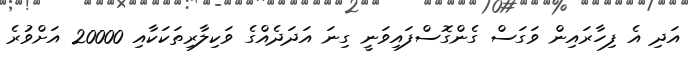
އަދި އެ ފިހާރައިން ވަގަސް ގެންގޮސްފައިވަނީ ގިނަ އަދަދެއްގެ ވަކިލާރިތަކަކާއި 20000 އަށްވުރެ